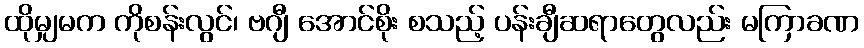
ထိုမျှမက ကိုစန်းလွင်၊ ဗဂျီ အောင်စိုး စသည့် ပန်းချီဆရာတွေလည်း မကြာခဏ